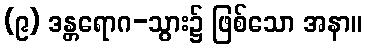
(၉) ဒန္တရောဂ-သွား၌ ဖြစ်သော အနာ။